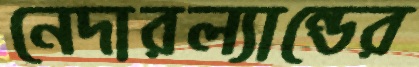
নেদারল্যান্ডের